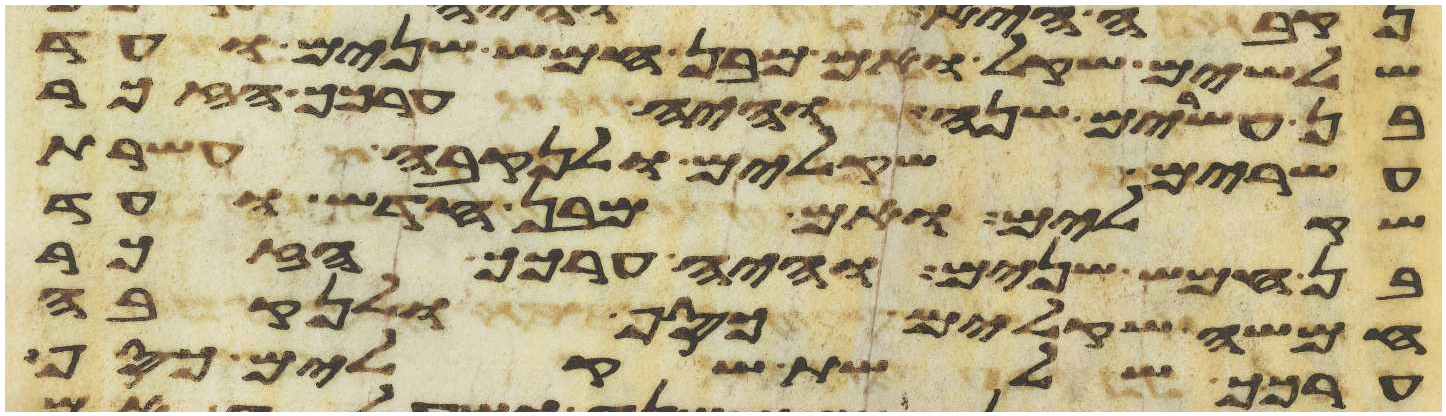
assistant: שלשים שקל ואם מבן חמש שנים ועד
בן עשרים שנה והיה ערכך הזכר
עשרים שקלים ולנקבה עשרת
שקלים ואם מבן חדש ועד
בן חמש שנים והיה ערכך הזכר
חמשה שקלים כסף ולנקבה
ערכך שלשת שקלים כסף